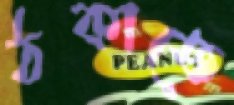
ঠকাতে